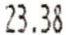
23.38